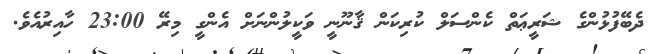
ދެބޭފުޅުންގެ ޝަރީޢަތް ކެންސަލް ކުރިކަން ޤާނޫނީ ވަކީލުންނަށް އެންގީ މިރޭ 23:00 ހާއިރުއެވެ.